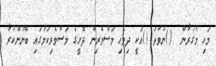
މަހި މުގުރާން  ()ނުވަތަ ()އަކީ ދިވެހި މަސްވެރިން ދޮށީގެ މަސްވެރިކަމުގައި ބޭނުންކުރާ